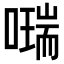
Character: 𠿩